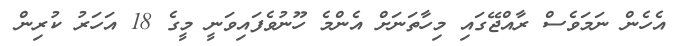
އެހެން ނަމަވެސް ރާއްޖޭގައި މިހާތަނަށް އެންމެ ހޫނުވެފައިވަނީ މީގެ 18 އަހަރު ކުރިން